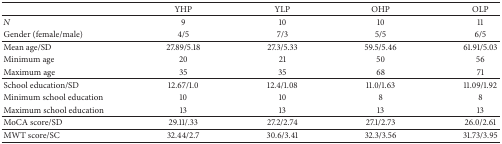
|  | YHP | YLP | OHP | OLP |
 | --- | --- | --- | --- | --- |
 | N | 9 | 10 | 10 | 11 |
 | Gender (female/male) | 4/5 | 7/3 | 5/5 | 6/5 |
 | Mean age/SD | 27.89/5.18 | 27.3/5.33 | 59.5/5.46 | 61.91/5.03 |
 | Minimum age | 20 | 21 | 50 | 56 |
 | Maximum age | 35 | 35 | 68 | 71 |
 | School education/SD | 12.67/1.0 | 12.4/1.08 | 11.0/1.63 | 11.09/1.92 |
 | Minimum school education | 10 | 10 | 8 | 8 |
 | Maximum school education | 13 | 13 | 13 | 13 |
 | MoCA score/SD | 29.11/.33 | 27.2/2.74 | 27.1/2.73 | 26.0/2.61 |
 | MWT score/SC | 32.44/2.7 | 30.6/3.41 | 32.3/3.56 | 31.73/3.95 |